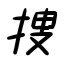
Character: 捜